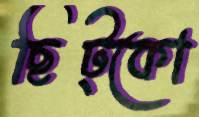
ছিট্‌কো